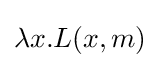
\lambda x.L(x,m)